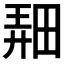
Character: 𤲌